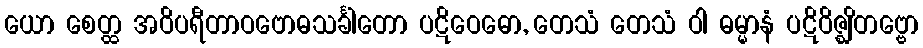
ယော စေတ္ထ အဝိပရီတာဝဗောဓသင်္ခါတော ပဋိဝေဓော, တေသံ တေသံ ဝါ ဓမ္မာနံ ပဋိဝိဇ္ဈိတဗ္ဗော